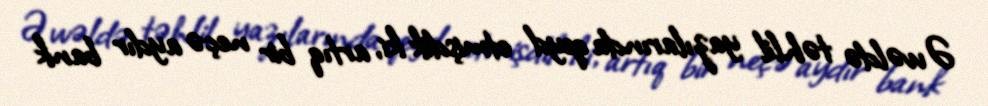
Əvvəldə təhlil yazılarında qeyd etmişdik ki, artıq bir neçə aydır bank